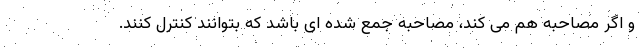
و اگر مصاحبه هم می کند، مصاحبه جمع شده ای باشد که بتوانند کنترل کنند.